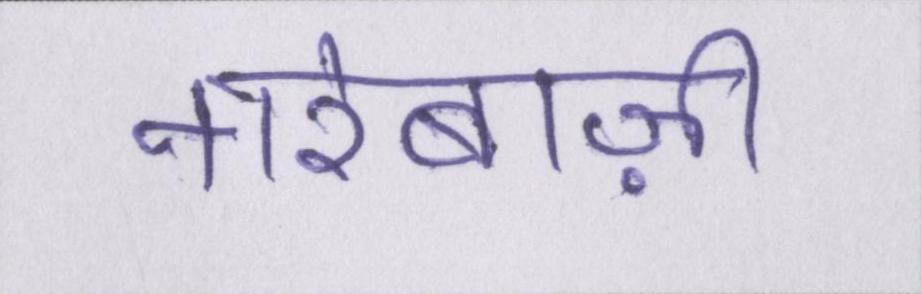
नारेबाज़ी